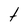
Character: t